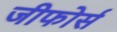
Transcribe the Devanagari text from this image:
जीफोर्स